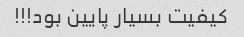
کیفیت بسیار پایین بود!!!